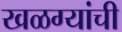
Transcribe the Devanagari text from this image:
खळग्यांची